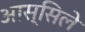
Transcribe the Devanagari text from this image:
आस्सिले